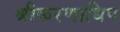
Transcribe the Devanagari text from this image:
श्रीकरणाधिप